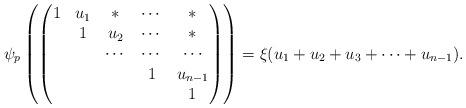
LaTeX: \begin{align*} \psi_p\left(\begin{pmatrix} 1&u_1&*&\cdots&*\\ &1&u_2&\cdots&*\\ &&\cdots&\cdots&\cdots \\ &&&1&u_{n-1}\\ &&&&1\end{pmatrix}\right) = \xi( u_1+ u_2+ u_3+\cdots+ u_{n-1}).\end{align*}